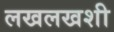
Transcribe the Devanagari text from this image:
लखलखशी